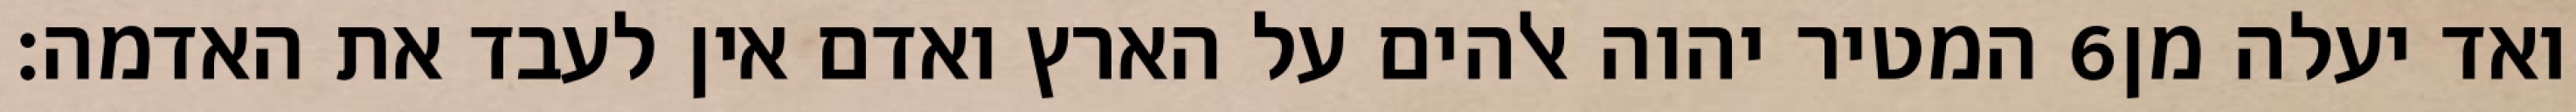
המטיר יהוה אלהים על הארץ ואדם אין לעבד את האדמה׃ ‎6‏ ואד יעלה מן